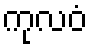
ကုလဝံ